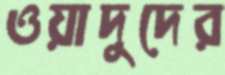
ওয়াদুদের